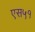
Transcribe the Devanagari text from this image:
एस५१